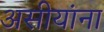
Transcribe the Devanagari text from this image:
असीयांना